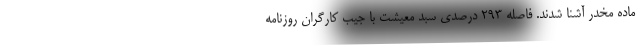
ماده مخدر آشنا شدند. فاصله 293 درصدی سبد معیشت با جیب کارگران روزنامه